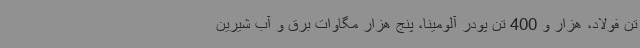
تن فولاد، هزار و 400 تن پودر آلومینا، پنج هزار مگاوات برق و آب شیرین